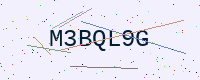
Text: M3BQL9G